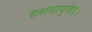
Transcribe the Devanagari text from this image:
हस्त्यायुर्वेद।